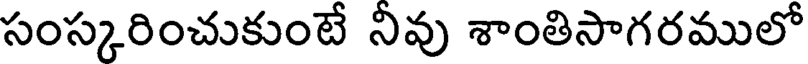
సంస్కరించుకుంటే నివు శాంతిసాగరములో